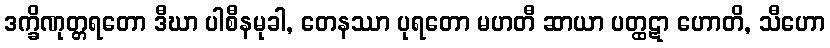
ဒက္ခိဏုတ္တရတော ဒီဃာ ပါစီနမုခါ, တေနဿာ ပုရတော မဟတီ ဆာယာ ပတ္ထဋာ ဟောတိ, သီဟော